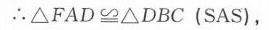
$\therefore\triangle FAD\cong\triangle DBC\ (\text{SAS})$，